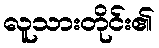
လူသားတိုင်း၏